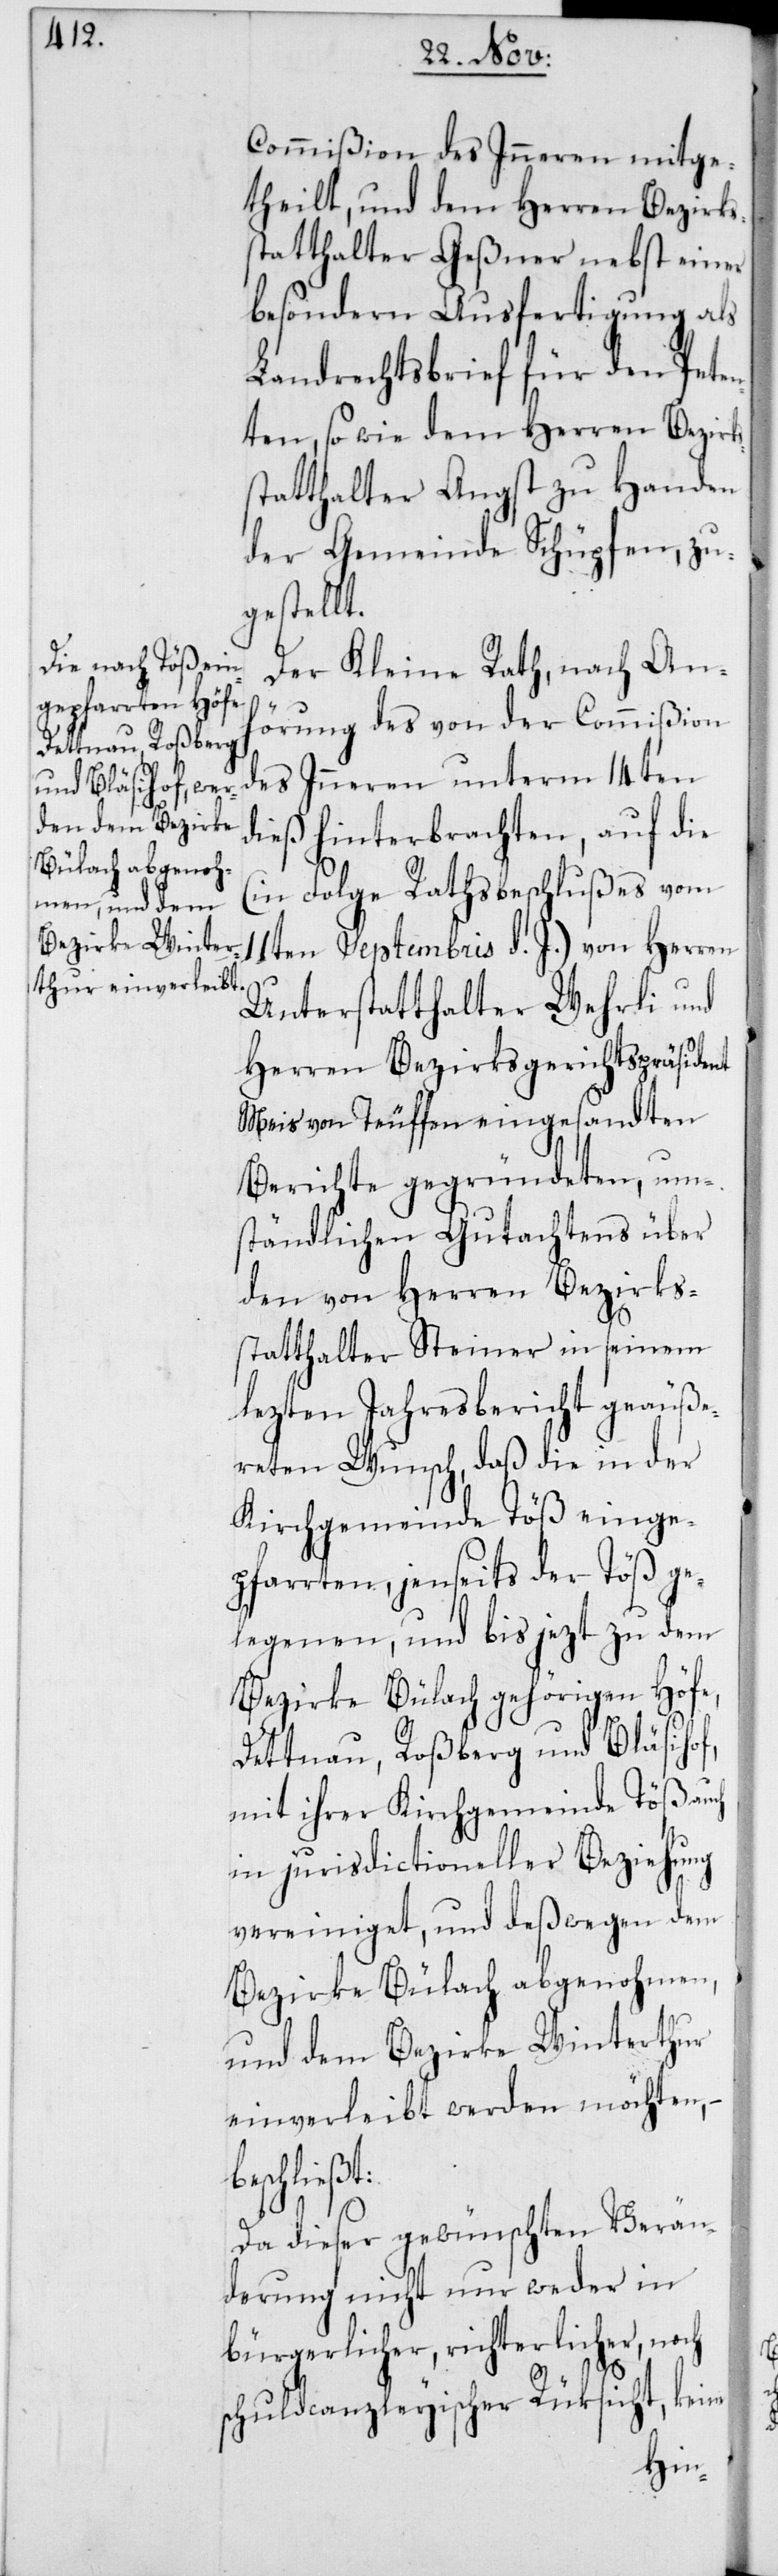
Commißion des Inneren mitge¬
theilt, und dem Herren Bezirks¬
statthalter Geßner nebst einer
besondern Ausfertigung als
Landrechtsbrief für den Peten¬
ten, so wie dem Herren Bezirks¬
statthalter Angst zu Handen
der Gemeinde Schüpfen, zu¬
gestellt.
Der Kleine Rath, nach An¬
hörung des von der Commißion
des Inneren unterm 14ten
dieß hinterbrachten, auf die
(in Folge Rathsbeschlußes vom
11ten Septembris d. J.) von Herren
Unterstatthalter Wehrli und
Herren Bezirksgerichtspräsident
Meis von Teuffen eingesandten
Berichte gegründeten, um¬
ständlichen Gutachtens über
den von Herren Bezirks¬
statthalter Steiner in seinem
lezten Jahresbericht geäuße¬
reten Wunsch, daß die in der
Kirchgemeinde Töß einge¬
pfarrten, jenseits der Töß ge¬
legenen, und bis jezt zu dem
Bezirke Bülach gehörigen Höfe,
Dettnau, Roßberg und Bläsihof,
mit ihrer Kirchgemeinde Töß auch
in jurisdictioneller Beziehung
vereiniget, und deßwegen dem
Bezirke Bülach abgenohmen
und dem Bezirke Winterthur
einverleibt werden möchten, –
eschließt:
Da dieser gewünschten Verän¬
derung nicht nur weder in
bürgerlicher, richterlicher, noch
b¬
schuldcanzleyischer Rüksicht, keine